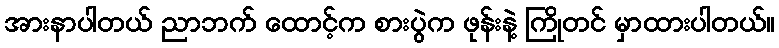
အားနာပါတယ် ညာဘက် ထောင့်က စားပွဲက ဖုန်းနဲ့ ကြိုတင် မှာထားပါတယ်။